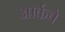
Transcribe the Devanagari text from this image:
आर्कचे